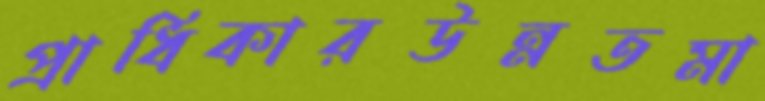
প্রাধিকারউন্নতমা